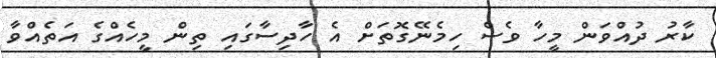
ކާރު ދުއްވަން މީހާ ވެސް ހިމެނޭގޮތަށް އެ ހާދިސާގައި ތިން މީހެއްގެ އަތެއްވާ